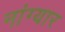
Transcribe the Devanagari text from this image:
नांग्यार